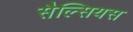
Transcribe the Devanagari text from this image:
सैल्सियस